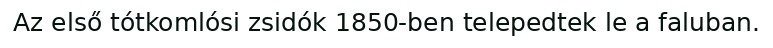
Az első tótkomlósi zsidók 1850-ben telepedtek le a faluban.